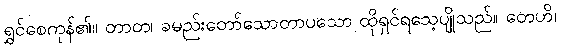
ရွှင်စေကုန်၏။ တာတ၊ ခမည်းတော်သောတာပသော ထိုရှင်ရသေ့ပျိုသည်။ တေဟိ၊